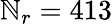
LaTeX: \mathbb{N}_{r}=413